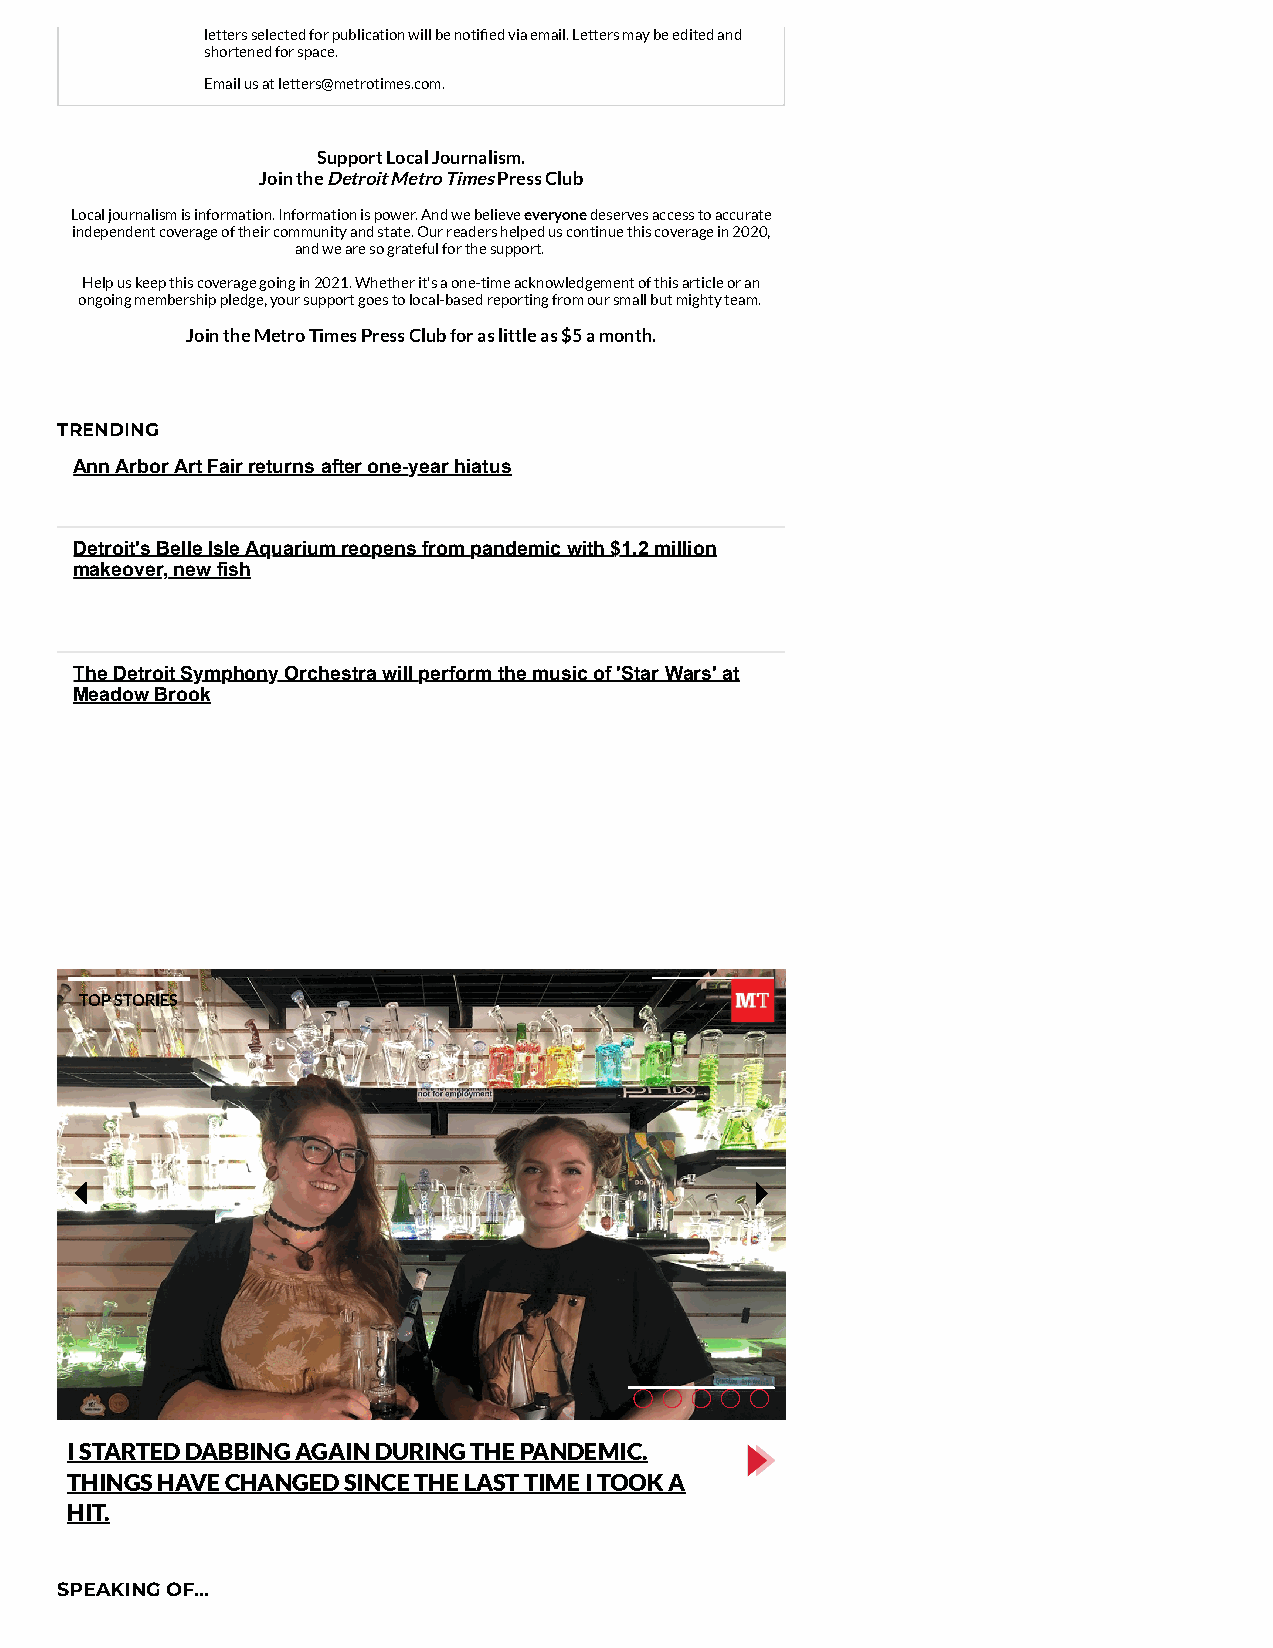
letters selected for publication will be notified via email. Letters may be edited and
 shortened for space.
 Email us at letters@metrotimes.com.
 Support Local Journalism.
 Join the Detroit Metro Times Pre ss Club
 Local journalism is information. Information is power. And we believe everyone deserves access to accurate
 independent coverage of their community and state. Our readers helped us continue this coverage in 2020,
 and we are so grateful for the support.
 Help us keep this coverage going in 2021. Whether it's a one-time acknowledgement of this article or an
 ongoing membership pledge, your support goes to local-based reporting from our small but mighty team.
 Join the Metro Times Press Club for as little as $5 a month.
 TRENDING
 Ann Arbor Art Fair returns after one-year hiatus
 Detroit's Belle Isle Aquarium reopens from pandemic with $1.2 million
 makeover, new fish
 The Detroit Symphony Orchestra will perform the music of 'Star Wars' at
 Meadow Brook
 TOP STORIES
 I STARTED DABBING AGAIN DURING THE PANDEMIC.
 THINGS HAVE CHANGED SINCE THE LAST TIME I TOOK A
 HIT.
 SPEAKING OF...